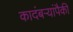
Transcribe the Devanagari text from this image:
कादंबऱ्यांपैकी